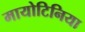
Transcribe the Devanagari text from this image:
मायोटिनिया